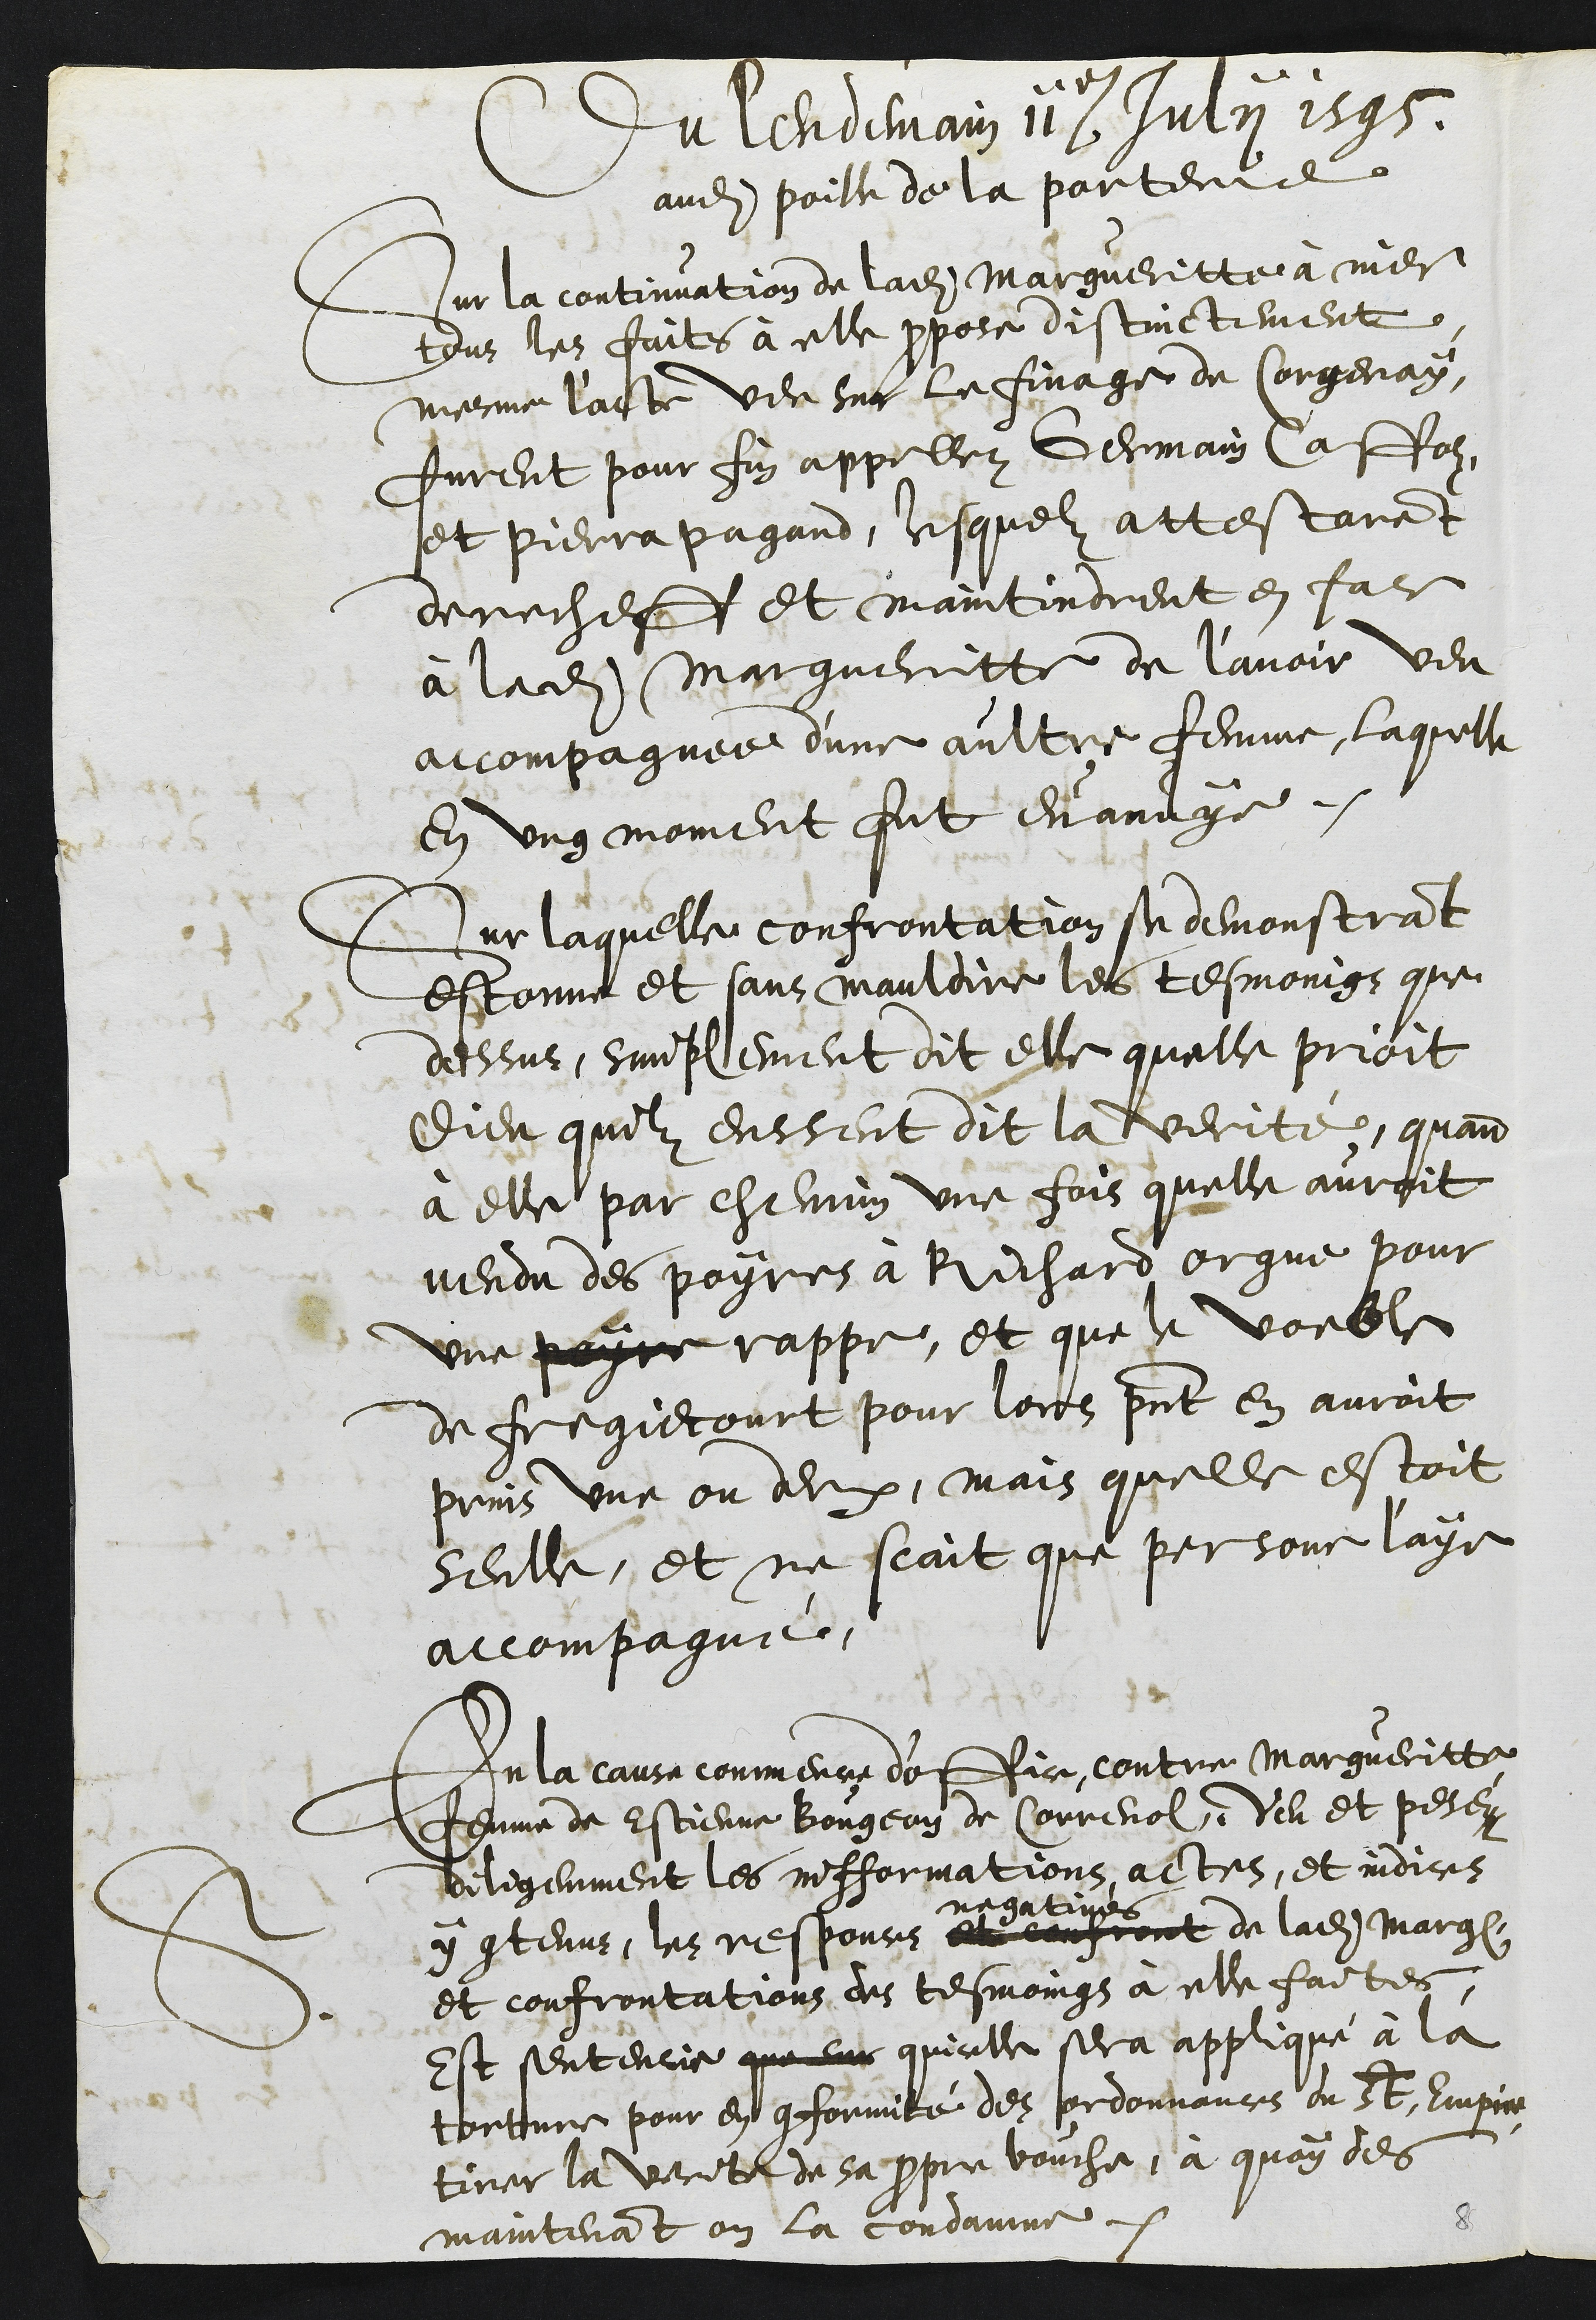
Du lendemain 11e Julii 1595
audit poille de la porterie
Sur la continuation de ladite Margueritte à nier
tous les faits à elle propose distinctement
mesme l'acte veu sur le finage de Corgenay,
furent pour fin appellez Germain Caffolz
et Pierra Pagand, lesquelz attestarent
derecheff et maintindrent en face
à ladite Margueritte de l’avoir veu
accompagnee d'une aultre femme, laquelle
en ung moment fut evanuye.
Sur laquelle confrontation se demonstrant
estonne et sans mauldire les tesmoings que
dessus, simplement dit elle quelle prioit
Dieu quilz eussent dit la verité, quand
à elle par chemin une fois quelle auroit
vendu des poyres à Richard orgue pour
une payre rappe, et que le voeble
de fregiecourt pour lors present en auroit
prins une ou deux, mais quelle estoit
seulle, et ne scait que personne l'aye
accompagné.
S.
En la cause commence d'office contre Margueritte
femme de Estienne Bougeon de Correnol, Veu et pesez
diligemment les infformations, actes, et indices
y contenus, les responces et confront
negatives
de ladite Marg
et confrontations des tesmoings à elle faites,
Est sentencie que sur quicelle sera appliqué à la
torture pour en conformité des ordonnances du St. Empire,
tirer la verite de sa propre bouche, à quoy des
maintenant on la condamne.
8